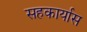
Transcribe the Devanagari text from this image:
सहकार्यास